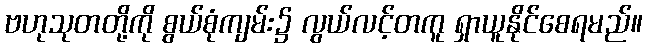
ဗဟုသုတတို့ကို စွယ်စုံကျမ်း၌ လွယ်လင့်တကူ ရှာယူနိုင်စေရမည်။